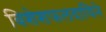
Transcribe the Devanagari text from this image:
विशेशफलदायिने